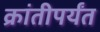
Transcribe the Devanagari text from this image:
क्रांतीपर्यंत